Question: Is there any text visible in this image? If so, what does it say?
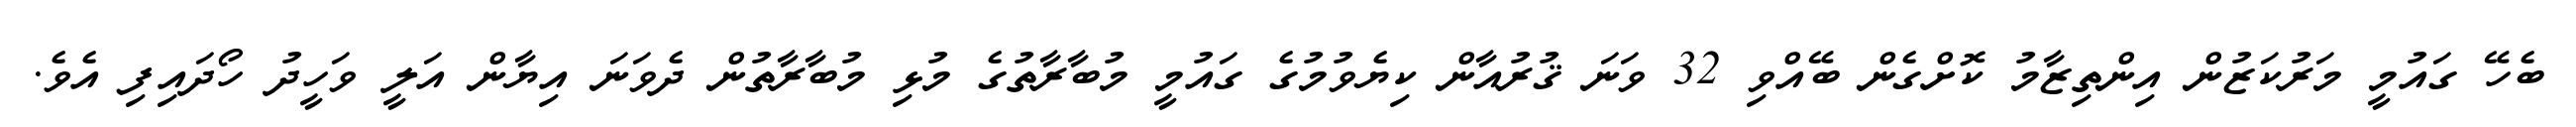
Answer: ބެހޭ ގައުމީ މަރުކަޒުން އިންތިޒާމު ކޮށްގެން ބޭއްވި 32 ވަނަ ޤުރުއާން ކިޔެވުމުގެ ގައުމީ މުބާރާތުގެ މުޅި މުބާރާތުން ދެވަނަ އިޔާން އަލީ ވަހީދު ހޯދައިފި އެވެ.